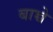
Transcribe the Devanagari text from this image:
बाच्चे